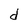
Character: d